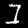
Digit: 1